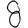
Digit: 8